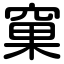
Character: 窠